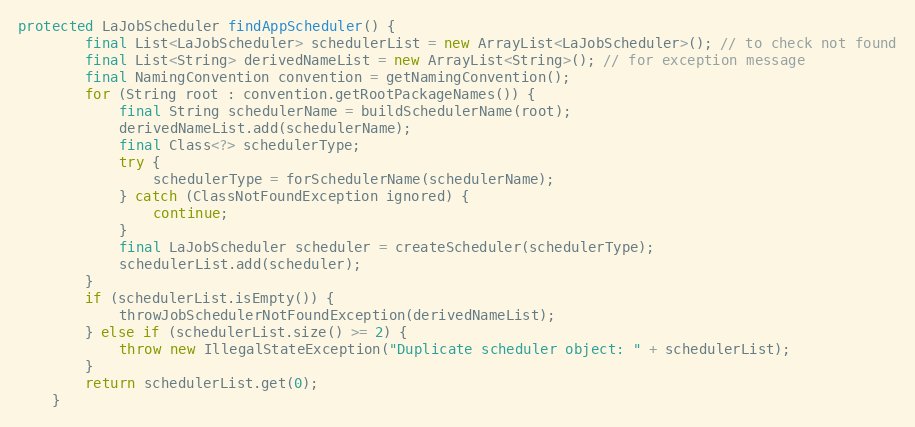
Language: Java
protected LaJobScheduler findAppScheduler() {
        final List<LaJobScheduler> schedulerList = new ArrayList<LaJobScheduler>(); // to check not found
        final List<String> derivedNameList = new ArrayList<String>(); // for exception message
        final NamingConvention convention = getNamingConvention();
        for (String root : convention.getRootPackageNames()) {
            final String schedulerName = buildSchedulerName(root);
            derivedNameList.add(schedulerName);
            final Class<?> schedulerType;
            try {
                schedulerType = forSchedulerName(schedulerName);
            } catch (ClassNotFoundException ignored) {
                continue;
            }
            final LaJobScheduler scheduler = createScheduler(schedulerType);
            schedulerList.add(scheduler);
        }
        if (schedulerList.isEmpty()) {
            throwJobSchedulerNotFoundException(derivedNameList);
        } else if (schedulerList.size() >= 2) {
            throw new IllegalStateException("Duplicate scheduler object: " + schedulerList);
        }
        return schedulerList.get(0);
    }